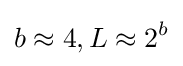
b\approx 4,L\approx 2^{b}